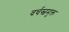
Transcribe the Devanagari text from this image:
वर्चस्वमुक्त